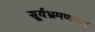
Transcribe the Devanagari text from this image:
सूर्यभ्रमणावर